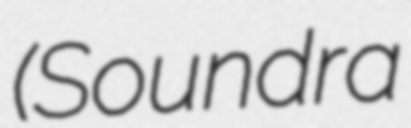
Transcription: (Soundra